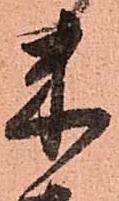
米